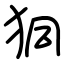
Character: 狪